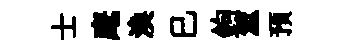
士麾渙巳鉤筮预